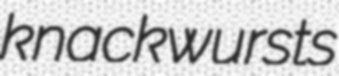
knackwursts